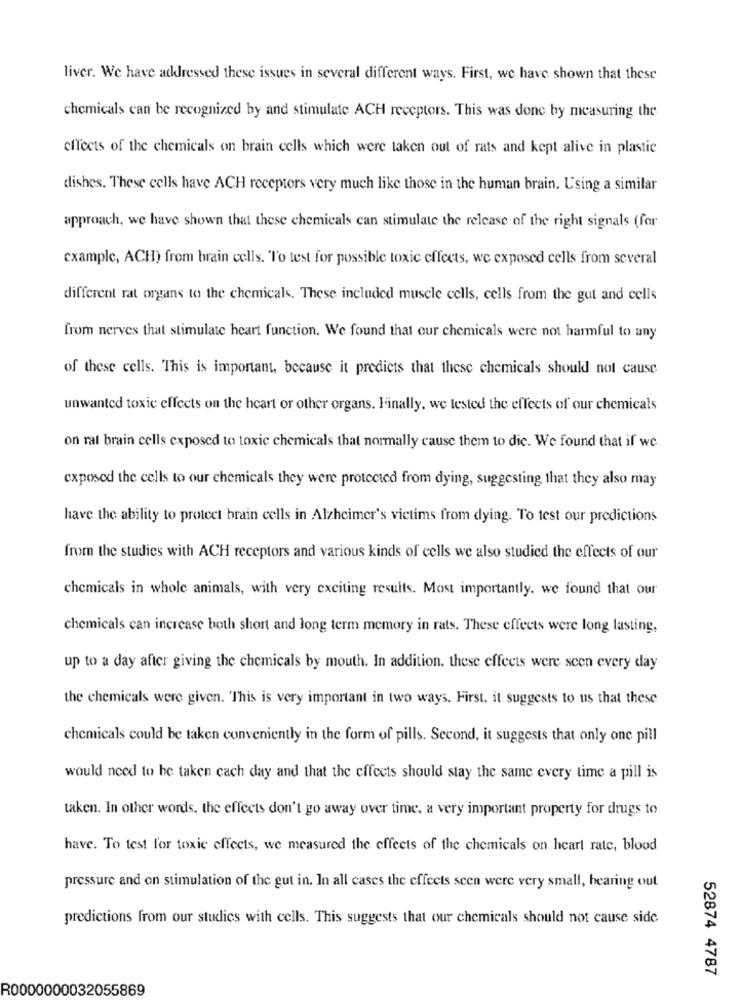
liver. We have addressed these issues in several different ways. First, we have shown that these
chemicals can be recognized by and stimulate ACH receptors. This was done by measuring the
effects of the chemicals on brain cells which were taken out of rats and kept alive in plastic
dishes. These cells have ACH receptors very much like those in the human brain. Using a similar
approach, we have shown that these chemicals can stimulate the release of the right signals (for
example, ACH) from brain cells. To test for possible toxic effects, we exposed cells from several
different rat organs to the chemicals. These included muscle cells, cells from the gut and cells
from nerves that stimulate heart function. We found that our chemicals were not harmful to any
of these cells. This is important, because it predicts that these chemicals should not cause
unwanted toxic effects on the heart or other organs. Finally, we tested the effects of our chemicals
on rat brain cells exposed to toxic chemicals that normally cause them to die. We found that if we
exposed the cells to our chemicals they were protected from dying, suggesting that they also may
have the ability to protect brain cells in Alzheimer's victims from dying. To test our predictions
from the studies with ACH receptors and various kinds of cells we also studied the effects of our
chemicals in whole animals, with very exciting results. Most importantly, we found that our
chemicals can increase both short and long term memory in rats. These effects were long lasting,
up to a day after giving the chemicals by mouth. In addition, these effects were seen every day
the chemicals were given. "This is very important in two ways. First, it suggests to us that these
chemicals could be taken conveniently in the form of pills. Second, it suggests that only one pill
would need to be taken cach day and that the effects should stay the same every time a pill is
taken. In other words, the effects don't go away over time, a very important property for drugs to
have. To test for toxic effects, we measured the effects of the chemicals on heart rate, blood
pressure and on stimulation of the gut in. In all cases the effects seen were very small, bearing out
predictions from our studies with cells. This suggests that our chemicals should not cause side
52874 4787
R0000000032055869